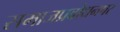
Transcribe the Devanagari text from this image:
समाजप्रबोधनपर